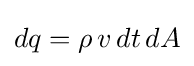
dq=\rho \,v\,dt\,dA